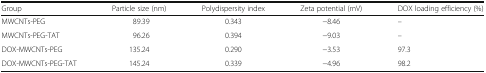
| Group | Particle size (nm) | Polydispersity index | Zeta potential (mV) | DOX loading efficiency (%) |
 | --- | --- | --- | --- | --- |
 | MWCNTs-PEG | 89.39 | 0.343 | −8.46 | – |
 | MWCNTs-PEG-TAT | 96.26 | 0.394 | −9.03 | – |
 | DOX-MWCNTs-PEG | 135.24 | 0.290 | −3.53 | 97.3 |
 | DOX-MWCNTs-PEG-TAT | 145.24 | 0.339 | −4.96 | 98.2 |